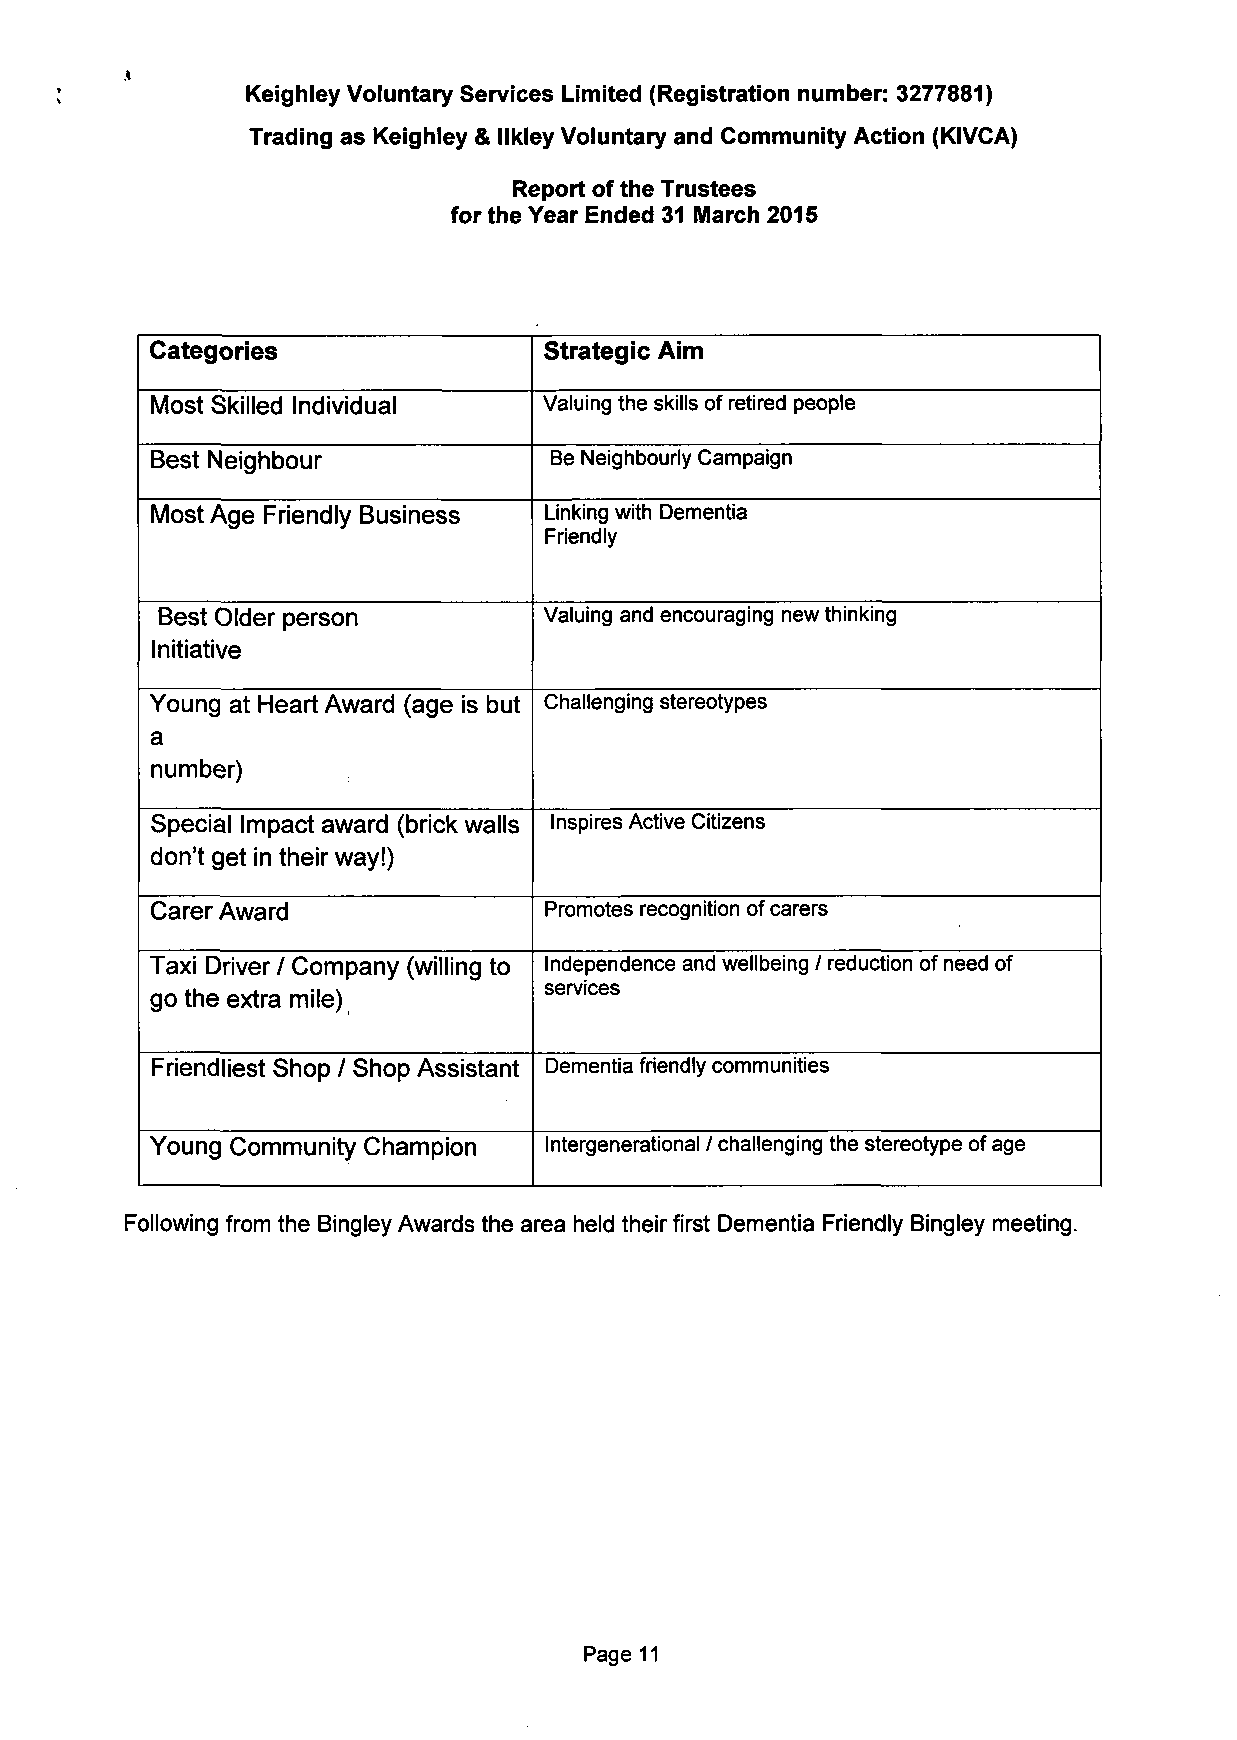
Keighley Voluntary Services Limited (Registration number: 3277881)
 Trading as Keighley & llkley Voluntary and Community Action (KIVCA)
 Report of the Trustees
 for the Year Ended 31 March 2015
 Categories                Strategic Aim
 Most Skilled Individual   Valuing the skills of retired people
 Best Neighbour            Be Neighbourly Campaign
 Most Age Friendly Business Linking with Dementia
 Friendly
 Best Older person         Valuing and encouraging new thinking
 Initiative
 Young at Heart Award (age is but Challenging stereotypes
 a
 number)
 Special Impact award (brick walls Inspires Active Citizens
 don't get in their way!)
 Carer Award               Promotes recognition of carers
 Taxi Driver / Company (willing to Independence and wellbeing / reduction of need of
 services
 go the extra mile)
 Friendliest Shop / Shop Assistant Dementia friendly communities
 Young Community Champion  Intergenerational / challenging the stereotype of age
 Following from the Bingley Awards the area held their first Dementia Friendly Bingley meeting.
 Page 11